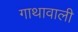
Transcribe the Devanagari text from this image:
गाथावाली